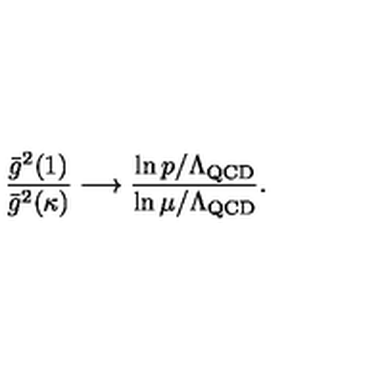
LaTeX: { \frac { \bar { g } ^ { 2 } ( 1 ) } { \bar { g } ^ { 2 } ( \kappa ) } } \longrightarrow \frac { \ln p / \Lambda _ { \mathrm { Q C D } } } { \ln \mu / \Lambda _ { \mathrm { Q C D } } } .